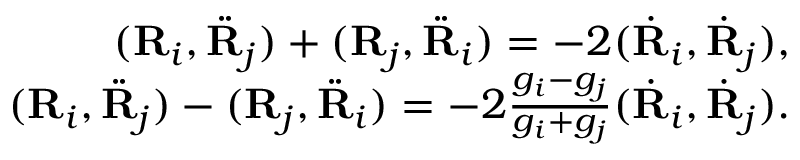
\begin{array} { r } { ( { \bf R } _ { i } , \ddot { \bf R } _ { j } ) + ( { \bf R } _ { j } , \ddot { \bf R } _ { i } ) = - 2 ( \dot { \bf R } _ { i } , \dot { \bf R } _ { j } ) , } \\ { ( { \bf R } _ { i } , \ddot { \bf R } _ { j } ) - ( { \bf R } _ { j } , \ddot { \bf R } _ { i } ) = - 2 \frac { g _ { i } - g _ { j } } { g _ { i } + g _ { j } } ( \dot { \bf R } _ { i } , \dot { \bf R } _ { j } ) . } \end{array}